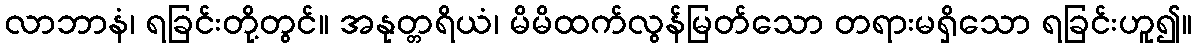
လာဘာနံ၊ ရခြင်းတို့တွင်။ အနုတ္တရိယံ၊ မိမိထက်လွန်မြတ်သော တရားမရှိသော ရခြင်းဟူ၍။